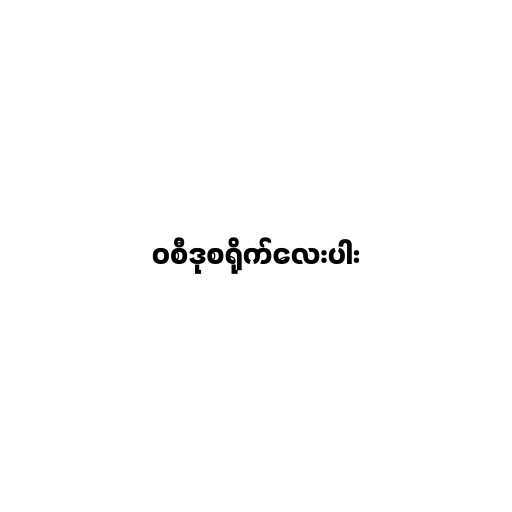
၀စီဒုစရိုက်လေးပါး